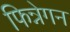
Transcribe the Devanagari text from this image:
फिन्नेगन